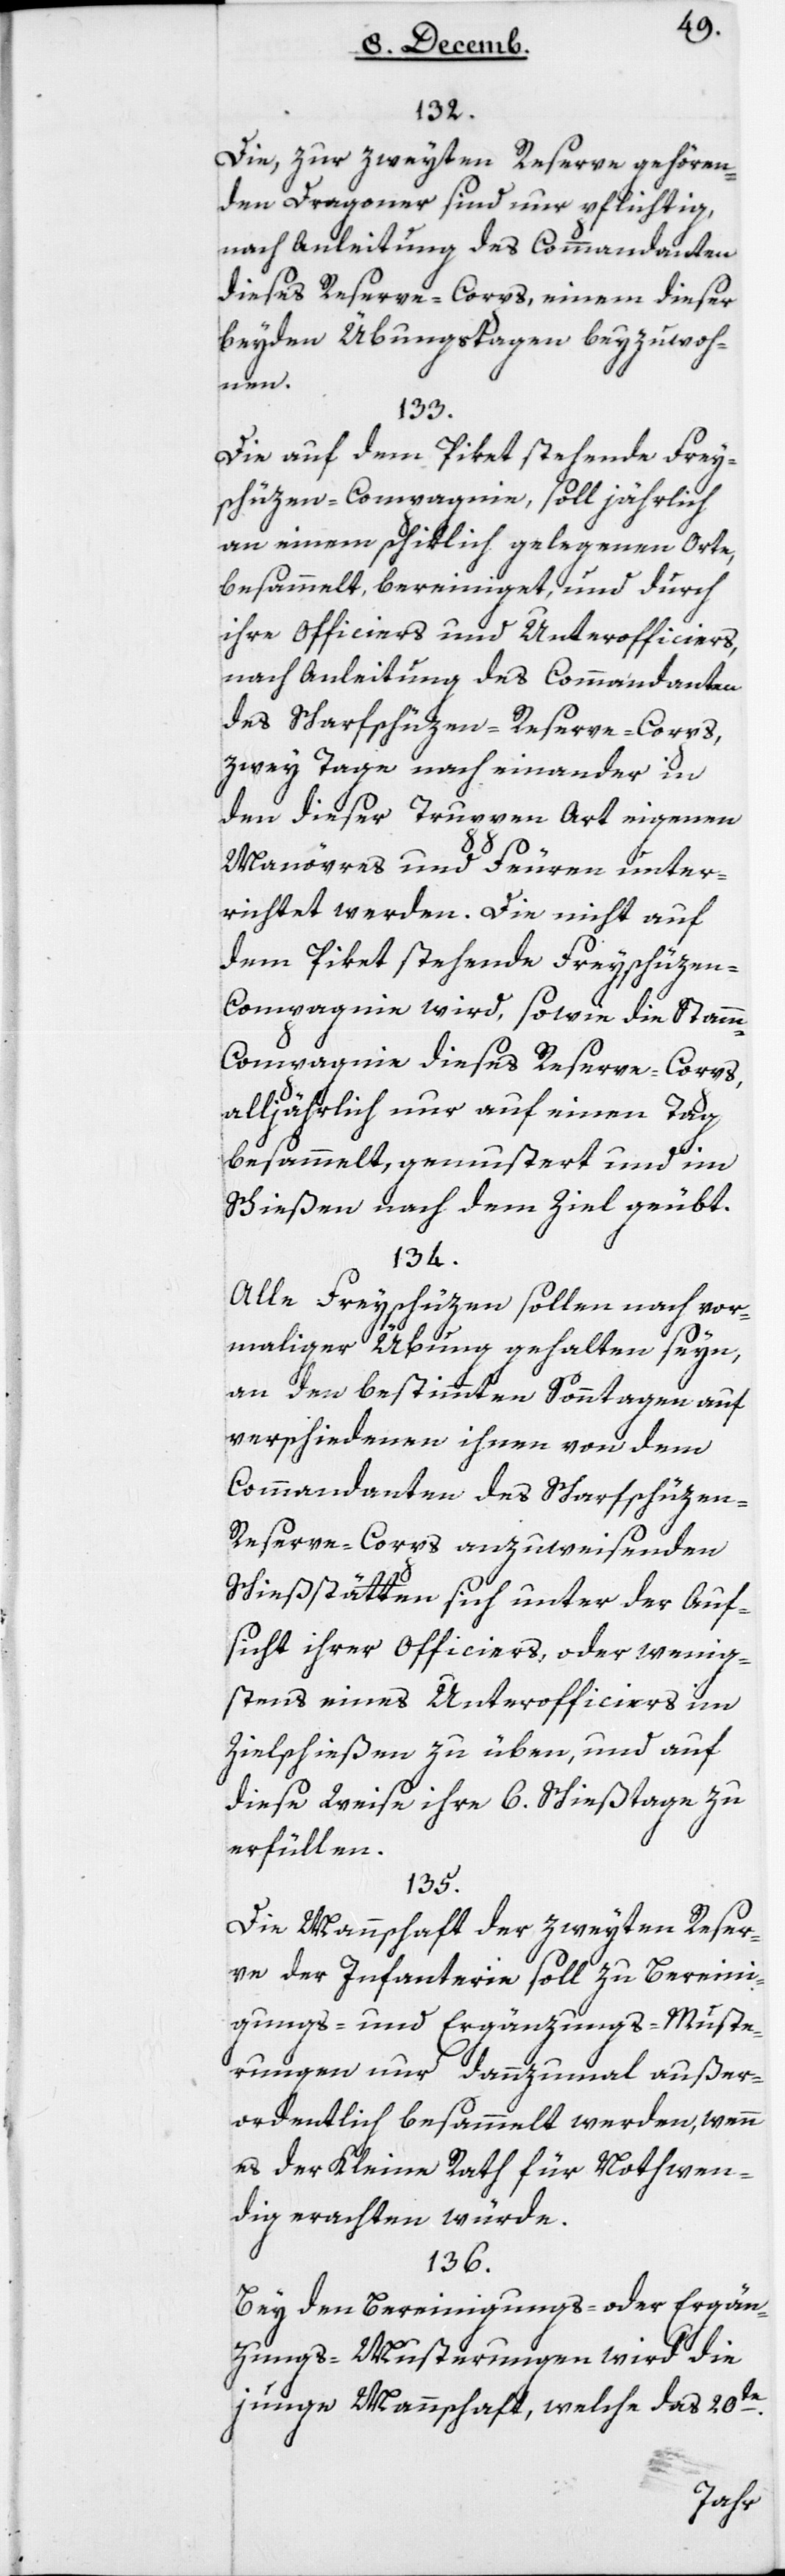
132.
Die zur zweyten Reserve gehören¬
den Dragoner sind nur pflichtig,
nach Anleitung des Commandanten
dieses Reserve-Corps, einem dieser
beyden Übungstagen beyzuwoh¬
nen.
133.
Die auf dem Piket stehende Frey¬
schützen-Compagnie, soll jährlich
an einem schiklich gelegenen Orte,
besammelt, bereiniget und durch
ihre Officiers und Unterofficiers,
nach Anleitung des Commandanten
des Scharfschüzen-Reserve-Corps,
zwey Tage nach einander in
den dieser Truppen-Art eigenen
Manövres und Feuren unter¬
richtet werden. Die nicht auf
dem Piket stehende Freyschüze¬
n-Compagnie wird, sowie die Stam¬
m-Compagnie dieses Reserve-Corps,
alljährlich nur auf einen Tag
besammelt, gemustert und im
Schießen nach dem Ziel geübt.
134.
Alle Freyschüzen sollen nach vor¬
maliger Übung gehalten seyn,
an den bestimmten Sonntagen auf
verschiedenen ihnen von dem
Commandanten des Scharfschüzen-R¬
eserve-Corps anzuweisenden
Schießstätten sich unter der Auf¬
sicht ihrer Officiers oder wenig¬
stens eines Unterofficiers im
Zielschießen zu üben, und auf
diese Weise ihre 6 Schießtage zu
erfüllen.
135.
Die Mannschaft der zweyten Reser¬
ve der Infanterie soll zu Bereini¬
gungs- und Ergänzungs-Muste¬
rungen nur dannzumal außer¬
ordentlich besammelt werden, wenn
es der Kleine Rath für Nothwen¬
dig erachten würde.
136.
Bey den Bereinigungs- oder Ergän¬
zungs-Musterungen wird die
junge Mannschaft, welche das 20te